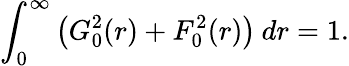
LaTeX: \int_{0}^{\infty}\left(G_{0}^{2}(r)+F_{0}^{2}(r)\right)\: dr=1.